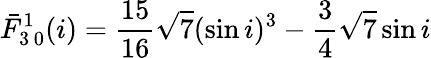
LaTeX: \bar{F}_{3\, 0}^{1}(i)=\frac{15}{16}\sqrt{7}(\sin i)^{3}-\frac{3}{4}\sqrt{7}\sin i